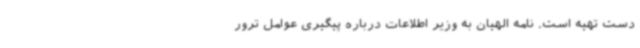
دست تهیه است. نامه الهیان به وزیر اطلاعات درباره پیگیری عوامل ترور